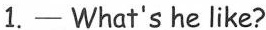
1.—What's he like?